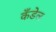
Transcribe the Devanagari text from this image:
कँडेल